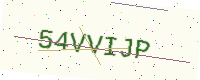
Text: 54VVIJP